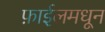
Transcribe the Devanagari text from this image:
फ़ाईलमधून